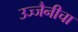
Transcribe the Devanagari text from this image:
उज्जैनीचा